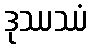
ဒုဿဿံ